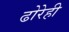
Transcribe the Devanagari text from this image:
ढोरेही